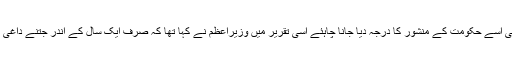
وزیراعظم نے حلف لینے کے بعد جو تقریر پارلیمنٹ کے سینٹرل ہال میں کی تھی اسے حکومت کے منشور کا درجہ دیا جانا چاہئے اسی تقریر میں وزیراعظم نے کہا تھا کہ صرف ایک سال کے اندر جتنے داغی ممبر ہیں وہ جیل میں ہوں گے اور جو پاک صاف ہوں گے وہ عزت بڑھائیں گے۔